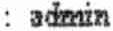
: ADMIN